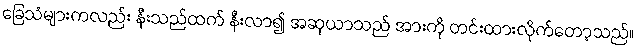
ခြေသံများကလည်း နီးသည်ထက် နီးလာ၍ အဆုယာသည် အားကို တင်းထားလိုက်တော့သည်။